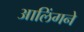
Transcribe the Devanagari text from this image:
आलिंगने